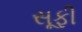
સૂફી